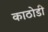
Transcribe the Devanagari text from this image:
काठोडी